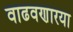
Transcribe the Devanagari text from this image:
वाढवणारया